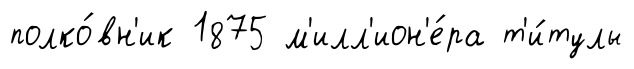
полко́вн'ик 1875 м'илл'ион'е́ра т'и́тулы